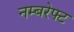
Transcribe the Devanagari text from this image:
नम्बरेफ्ट